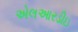
એલઆરડીઇ